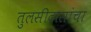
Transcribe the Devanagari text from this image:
तुलसीदासांचा